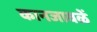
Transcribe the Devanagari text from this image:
कानजावळें